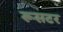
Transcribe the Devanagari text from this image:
रूसटर